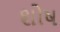
શોષ